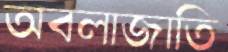
অবলাজাতি